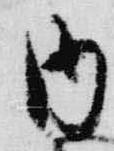
内